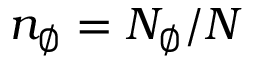
n _ { \emptyset } = N _ { \emptyset } / N